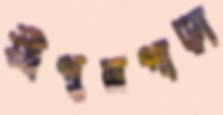
শ্রীপুরপাড়া